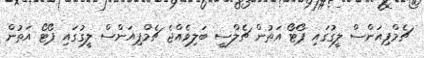
ޗެމްޕިއަންސް ލީގުގައި ޕޯޓޯ އަތުން ޗެލްސީ ބަލިވެއްޖެ ޗެމްޕިއަންސް ލީގުގައި ޕޯޓޯ އަތުން